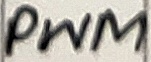
Text: PWM